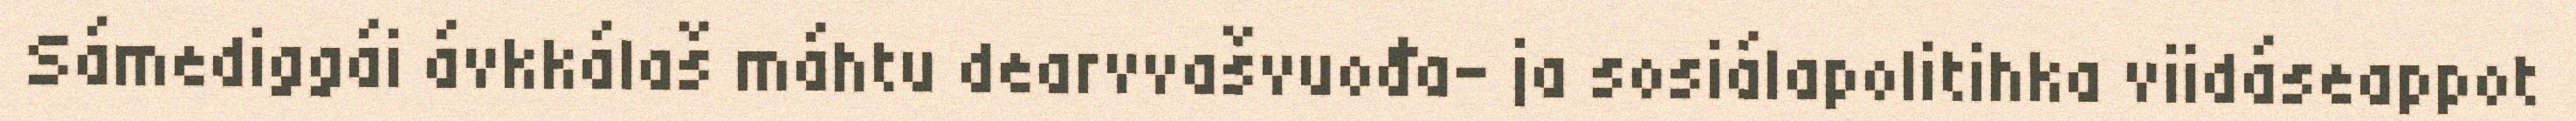
Sámediggái ávkkálaš máhtu dearvvašvuođa- ja sosiálapolitihka viidáseappot